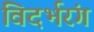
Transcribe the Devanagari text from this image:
विदर्भरंग